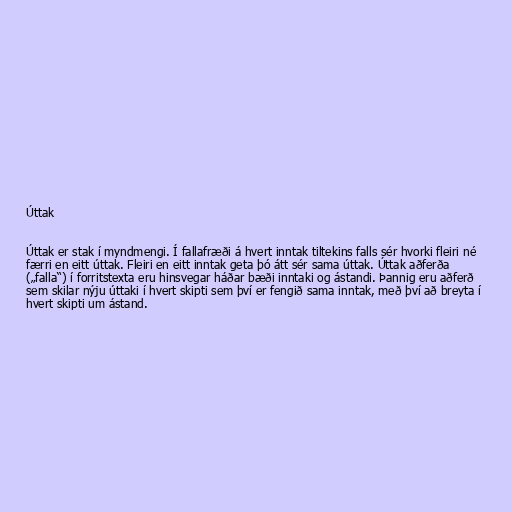
Úttak

Úttak er stak í myndmengi. Í fallafræði á hvert inntak tiltekins falls sér hvorki fleiri né
færri en eitt úttak. Fleiri en eitt inntak geta þó átt sér sama úttak. Úttak aðferða
(„falla“) í forritstexta eru hinsvegar háðar bæði inntaki og ástandi. Þannig eru aðferð
sem skilar nýju úttaki í hvert skipti sem því er fengið sama inntak, með því að breyta í
hvert skipti um ástand.